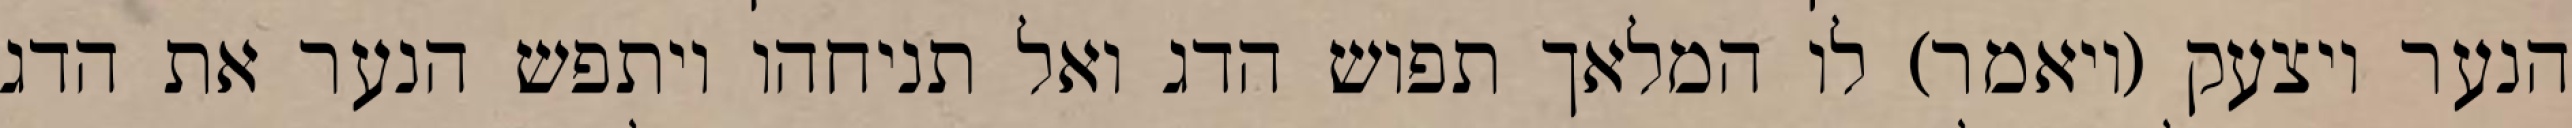
הנער ויצעק (ויאמר) לו המלאך תפוש הדג ואל תניחהו ויתפש הנער את הדג